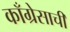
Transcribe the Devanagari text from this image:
काँग्रेसाची